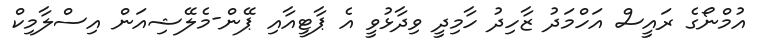
އުމްނޯގެ ރައީސް އަހްމަދު ޒާހިދު ހާމިދީ ވިދާޅުވީ އެ ޕާޓީއާއި ޕޭން-މެލޭޝިއަން އިސްލާމިކް